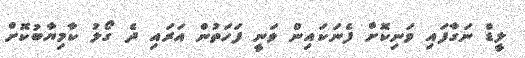
ލީޑް ނަގާފައި ވަނިކޮށް ފެނަކައިން ވަނީ ފަހަތުން އަރައި ދެ ގޯލު ކާމިޔާބުކޮށް